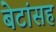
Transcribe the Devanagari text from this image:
बेटांसह